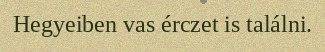
Hegyeiben vas érczet is találni.